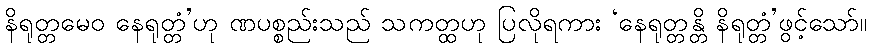
နိရုတ္တမေဝ နေရုတ္တံ’ဟု ဏပစ္စည်းသည် သကတ္ထဟု ပြလိုရကား ‘နေရုတ္တန္တိ နိရုတ္တံ’ဖွင့်သော်။